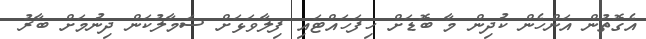
އެގޮތުން އަންހެން ކުދިން މާ ބޮޑަށް ހިފަހައްޓައި ފިލާވަޅަށް ސަމާލުކަން ދިނުމަށް ބާރު